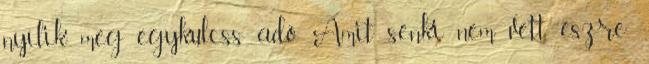
nyílik meg egykulcss adó Amit senki nem vett észre: